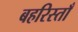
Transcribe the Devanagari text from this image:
बहरिस्ताँ